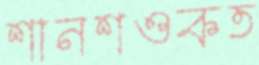
শানশওকত